Scottish Certificate of Education, 1962
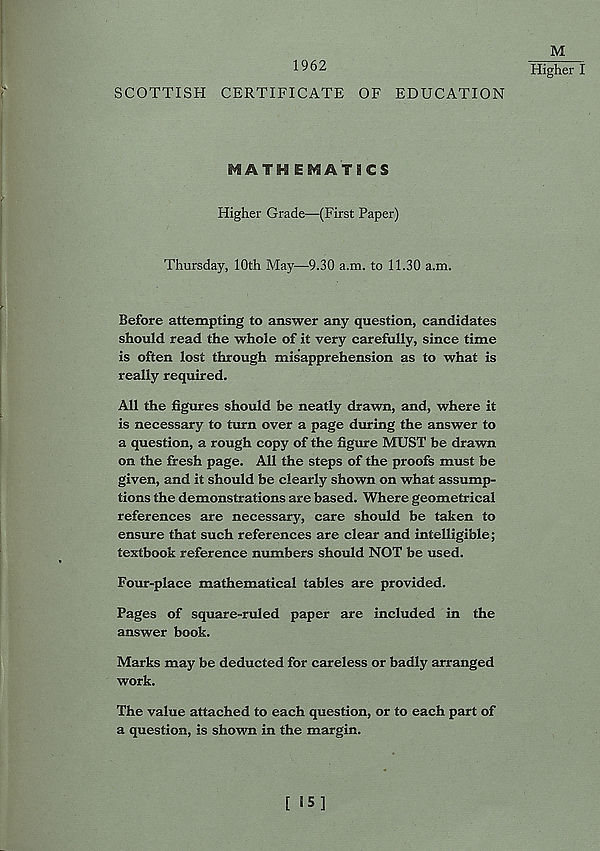
1962
SCOTTISH CERTIFICATE OF EDUCATION
M.
Higher I
MATH EMATICS
Higher Grade—(First Paper)
Thursday, 10th May—9.30 a.m. to 11.30 a.m.
Before attempting to answer any question, candidates
should read the whole of it very carefully, since time
is often lost through misapprehension as to what is
really required.
All the figures should be neatly drawn, and, where it
is necessary to turn over a page during the answer to
a question, a rough copy of the figure MUST be drawn
on the fresh page. All the steps of the proofs must be
given, and it should be clearly shown on what assump-
tions the demonstrations are based. Where geometrical
references are necessary, care should be taken to
ensure that such references are clear and intelligible;
textbook reference numbers should NOT be used.
Four-place mathematical tables are provided.
Pages of square-ruled paper are included in the
answer book.
Marks may be deducted for careless or badly arranged
work.
The value attached to each question, or to each part of
a question, is shown in the margin.
[ 15]